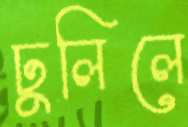
ঢুলিলে